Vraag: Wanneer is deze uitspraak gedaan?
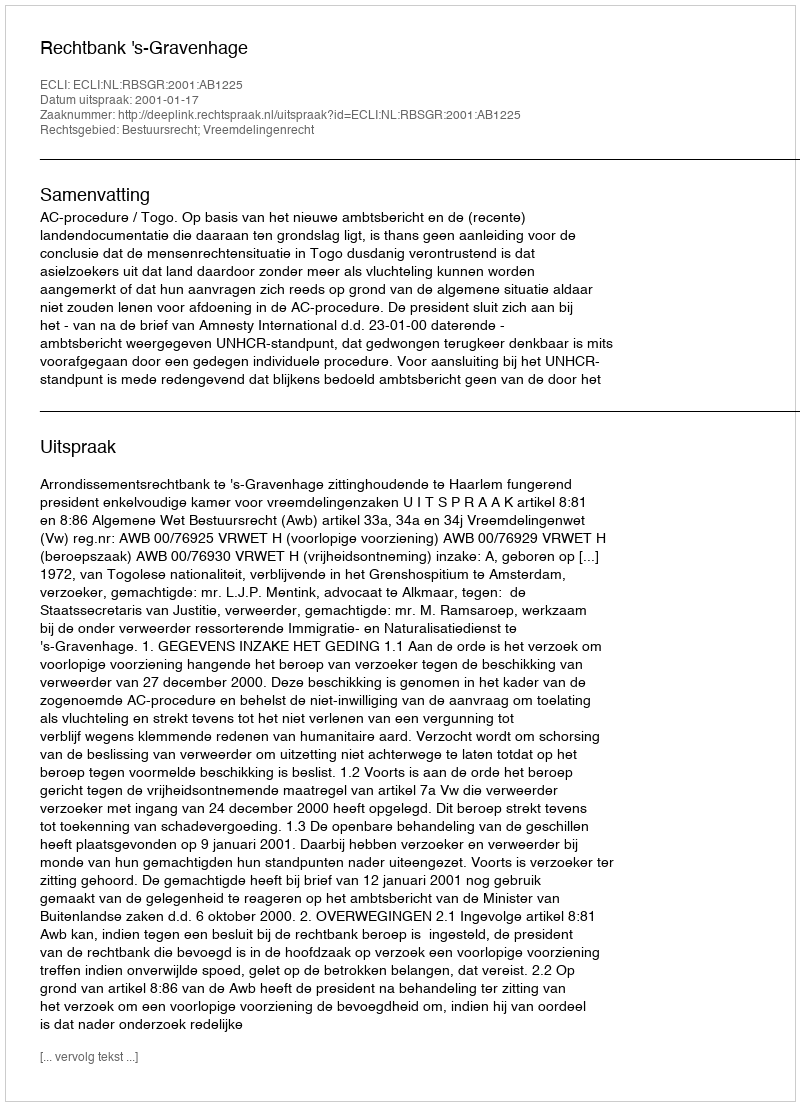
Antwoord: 2001-01-17